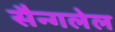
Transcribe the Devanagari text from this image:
सैन्गलेल